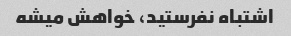
اشتباه نفرستید، خواهش میشه